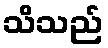
သိသည်